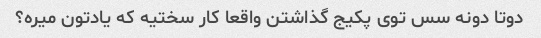
دوتا دونه سس توی پکیج گذاشتن واقعا کار سختیه که یادتون میره؟